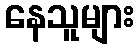
နေသူများ